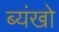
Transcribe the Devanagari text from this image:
ब्यंखो